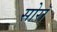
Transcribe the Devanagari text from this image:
सोरॉ